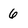
Character: 6